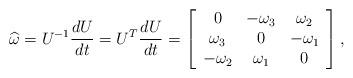
LaTeX: \begin{align*}\widehat{\omega}=U^{-1}\frac{dU}{dt}=U^T\frac{dU}{dt}= \left[\begin{array}{ccc}0& -\omega_{3} & \omega_{2} \\\omega_{3} & 0 & -\omega_{1} \\-\omega_{2} & \omega_{1} & 0\end{array} \right],\end{align*}